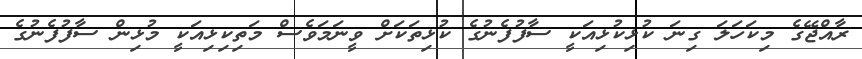
ރާއްޖޭގެ މިކަހަލަ ގިނަ ކުޅިކުޅިއަކީ ސާފުފެނުގެ ކުޅިތަކަށް ވީނަމަވެސް މަތިކިޅިއަކީ މުޅިން ސާފުފެނުގެ